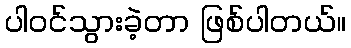
ပါဝင်သွားခဲ့တာ ဖြစ်ပါတယ်။